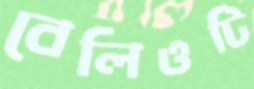
বেলিওটি